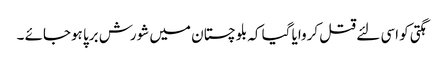
ہگتی کو اسی لئے قتل کروایا گیا کہ بلوچستان میں شورش برپا ہوجائے ۔